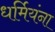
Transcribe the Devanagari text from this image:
धर्मियंना